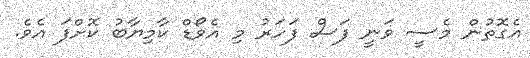
އެގޮތުން މެސީ ވަނީ ފަސް ފަހަރު މި އެވޯޑް ކާމިޔާބު ކޮށްފަ އެވެ.